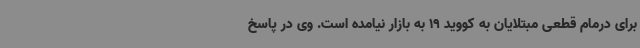
برای درمام قطعی مبتلایان به کووید 19 به بازار نیامده است. وی در پاسخ